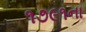
૧૭૯૧ના